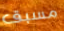
مسبق